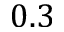
0 . 3